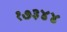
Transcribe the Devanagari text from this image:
१७३४४